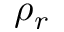
\rho _ { r }